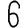
Digit: 6